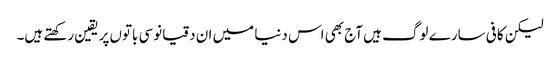
‌لیکن کافی سارے لوگ ہیں آج بھی اس دنیا میں‌ ان دقیانوسی باتوں‌پر یقین رکھتے ہیں۔